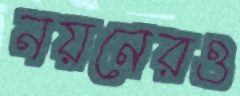
নয়নেরও